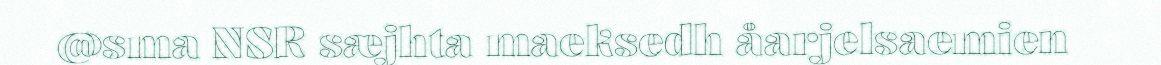
@sma NSR sæjhta maeksedh åarjelsaemien